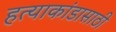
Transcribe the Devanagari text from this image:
हत्याकांडासाठी